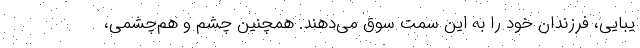
یبایی، فرزندان خود را به این سمت سوق می‌دهند. همچنین چشم و هم‌چشمی،